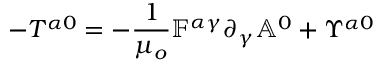
- T ^ { \alpha 0 } = - \frac { 1 } { \mu _ { o } } \mathbb { F } ^ { \alpha \gamma } \partial _ { \gamma } \mathbb { A } ^ { 0 } + \Upsilon ^ { \alpha 0 }